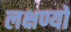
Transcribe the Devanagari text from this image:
लक्षण्यो